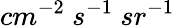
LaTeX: cm^{-2}\ s^{-1}\ sr^{-1}